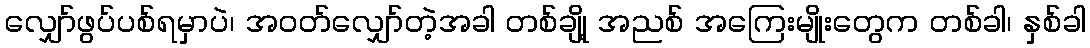
လျှော်ဖွပ်ပစ်ရမှာပဲ၊ အဝတ်လျှော်တဲ့အခါ တစ်ချို့ အညစ် အကြေးမျိုးတွေက တစ်ခါ၊ နှစ်ခါ